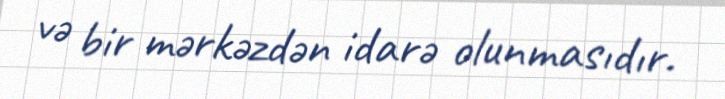
və bir mərkəzdən idarə olunmasıdır.